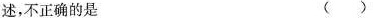
述，不正确的是 ( )